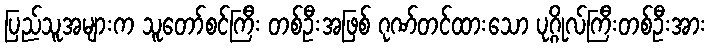
ပြည်သူအများက သူတော်စင်ကြီး တစ်ဦးအဖြစ် ဂုဏ်တင်ထားသော ပုဂ္ဂိုလ်ကြီးတစ်ဦးအား